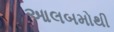
આલબમોથી